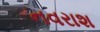
નવરાશ